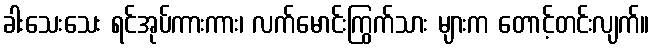
ခါးသေးသေး ရင်အုပ်ကားကား၊ လက်မောင်းကြွက်သား များက တောင့်တင်းလျက်။